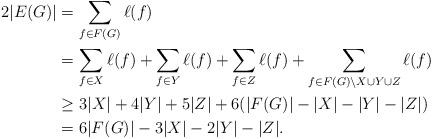
LaTeX: \begin{align*} 2|E(G)| &= \sum_{f\in{F(G)}}\ell(f) \\ &= \sum_{f \in X}\ell(f) + \sum_{f \in Y}\ell(f) + \sum_{f \in Z}\ell(f) + \sum_{f \in F(G)\setminus{X \cup Y \cup Z}}\ell(f) \\ &\geq 3|X| + 4|Y| + 5|Z| + 6(|F(G)| - |X| - |Y| - |Z|) \\ &= 6|F(G)| - 3|X| - 2|Y| - |Z|. \end{align*}